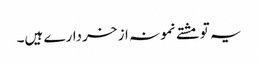
یہ تو مشتے نمونہ از خردارے ہیں۔